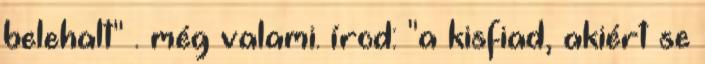
belehalt" . még valami. írod: "a kisfiad, akiért se